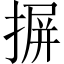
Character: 摒